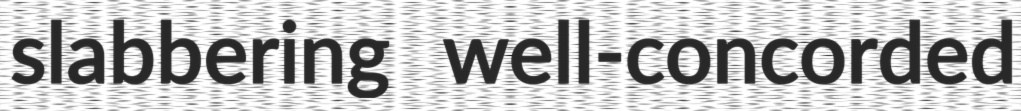
slabbering well-concorded